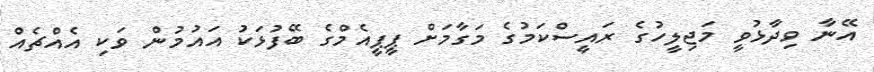
އޭނާ ވިދާޅުވީ މަޖިލީހުގެ ރައީސްކަމުގެ މަގާމަށް ޕީޕީއެމްގެ ބޭފުޅަކު އައުމުން ވަކި އެއްޗެއް